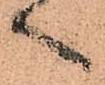
へ